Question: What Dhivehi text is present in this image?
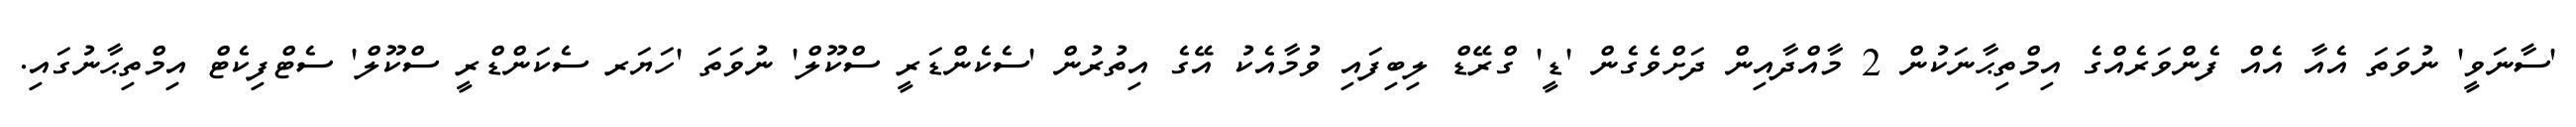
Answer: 'ސާނަވީ' ނުވަތަ އެއާ އެއް ފެންވަރެއްގެ އިމްތިޙާނަކުން 2 މާއްދާއިން ދަށްވެގެން 'ޑީ' ގްރޭޑް ލިބިފައި ވުމާއެކު އޭގެ އިތުރުން 'ސެކެންޑަރީ ސްކޫލް' ނުވަތަ 'ހަޔަރ ސެކަންޑްރީ ސްކޫލް' ސެޓްފިކެޓް އިމްތިޙާނުގައި.